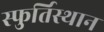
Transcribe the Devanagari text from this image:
स्फुर्तिस्थान